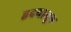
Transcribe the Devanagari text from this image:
हृदयातून